Plague in India, 1896, 1897 - Volume 3
Year: 1896
Disease focus: Plague
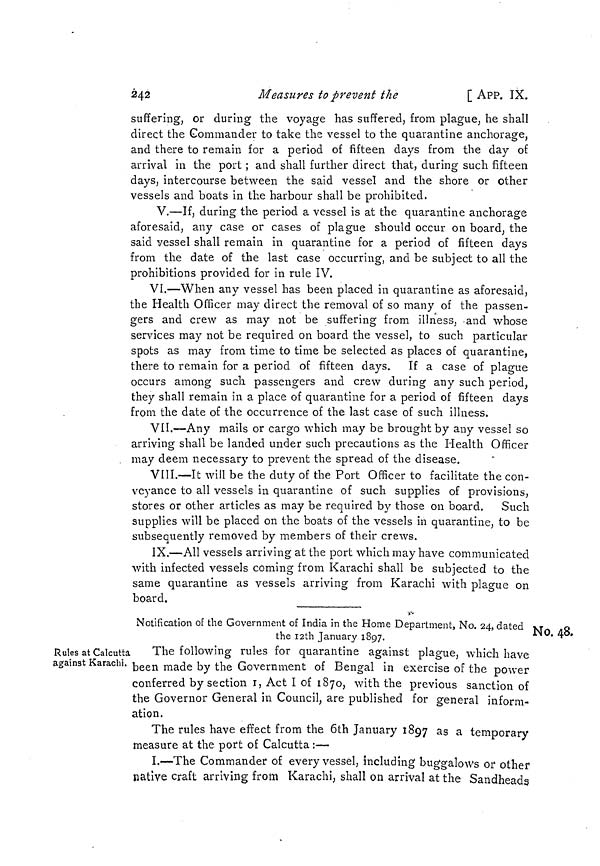
242
Measures to prevent the
[ APP. IX.
suffering, or during the voyage has suffered, from plague, he shall
direct the Commander to take the vessel to the quarantine anchorage,
and there to remain for a period of fifteen days from the day of
arrival in the port ; and shall further direct that, during such fifteen
days, intercourse between the said vessel and the shore or other
vessels and boats in the harbour shall be prohibited.
V.—If, during the period a vessel is at the quarantine anchorage
aforesaid, any case or cases of plague should occur on board, the
said vessel shall remain in quarantine for a period of fifteen days
from the date of the last case occurring, and be subject to all the
prohibitions provided for in rule IV.
VI.—When any vessel has been placed in quarantine as aforesaid,
the Health Officer may direct the removal of so many of the passen-
gers and crew as may not be suffering from illness, and whose
services may not be required on board the vessel, to such particular
spots as may from time to time be selected as places of quarantine,
there to remain for a period of fifteen days. If a case of plague
occurs among such, passengers and crew during any such period,
they shall remain in a place of quarantine for a period of fifteen days
from the date of the occurrence of the last case of such illness.
VII.—Any mails or cargo which may be brought by any vessel so
arriving shall be landed under such precautions as the Health Officer
may deem necessary to prevent the spread of the disease.
VIII.—It will be the duty of the Port Officer to facilitate the con-
veyance to all vessels in quarantine of such supplies of provisions,
stores or other articles as may be required by those on board. Such
supplies will be placed on the boats of the vessels in quarantine, to be
subsequently removed by members of their crews.
IX.—All vessels arriving at the port which may have communicated
with infected vessels coming from Karachi shall be subjected to the
same quarantine as vessels arriving from Karachi with plague on
board.
No. 48.
Notification of the Government of India in the Home Department, No. 24, dated
the 12th January 1897.
Rules at Calcutta
against Karachi.
The following rules for quarantine against plague, which have
been made by the Government of Bengal in exercise of the power
conferred by section I, Act I of 1870, with the previous sanction of
the Governor General in Council, are published for general inform-
ation.
The rules have effect from the 6th January 1897 as a temporary
measure at the port of Calcutta :—
I.—The Commander of every vessel, including buggalows or other
native craft arriving from Karachi, shall on arrival at the Sandheads